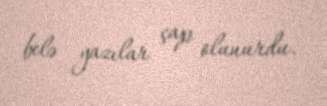
belə yazılar çap olunurdu.